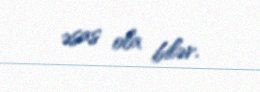
əsas ola bilər.